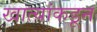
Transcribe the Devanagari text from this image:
खात्यांकडून